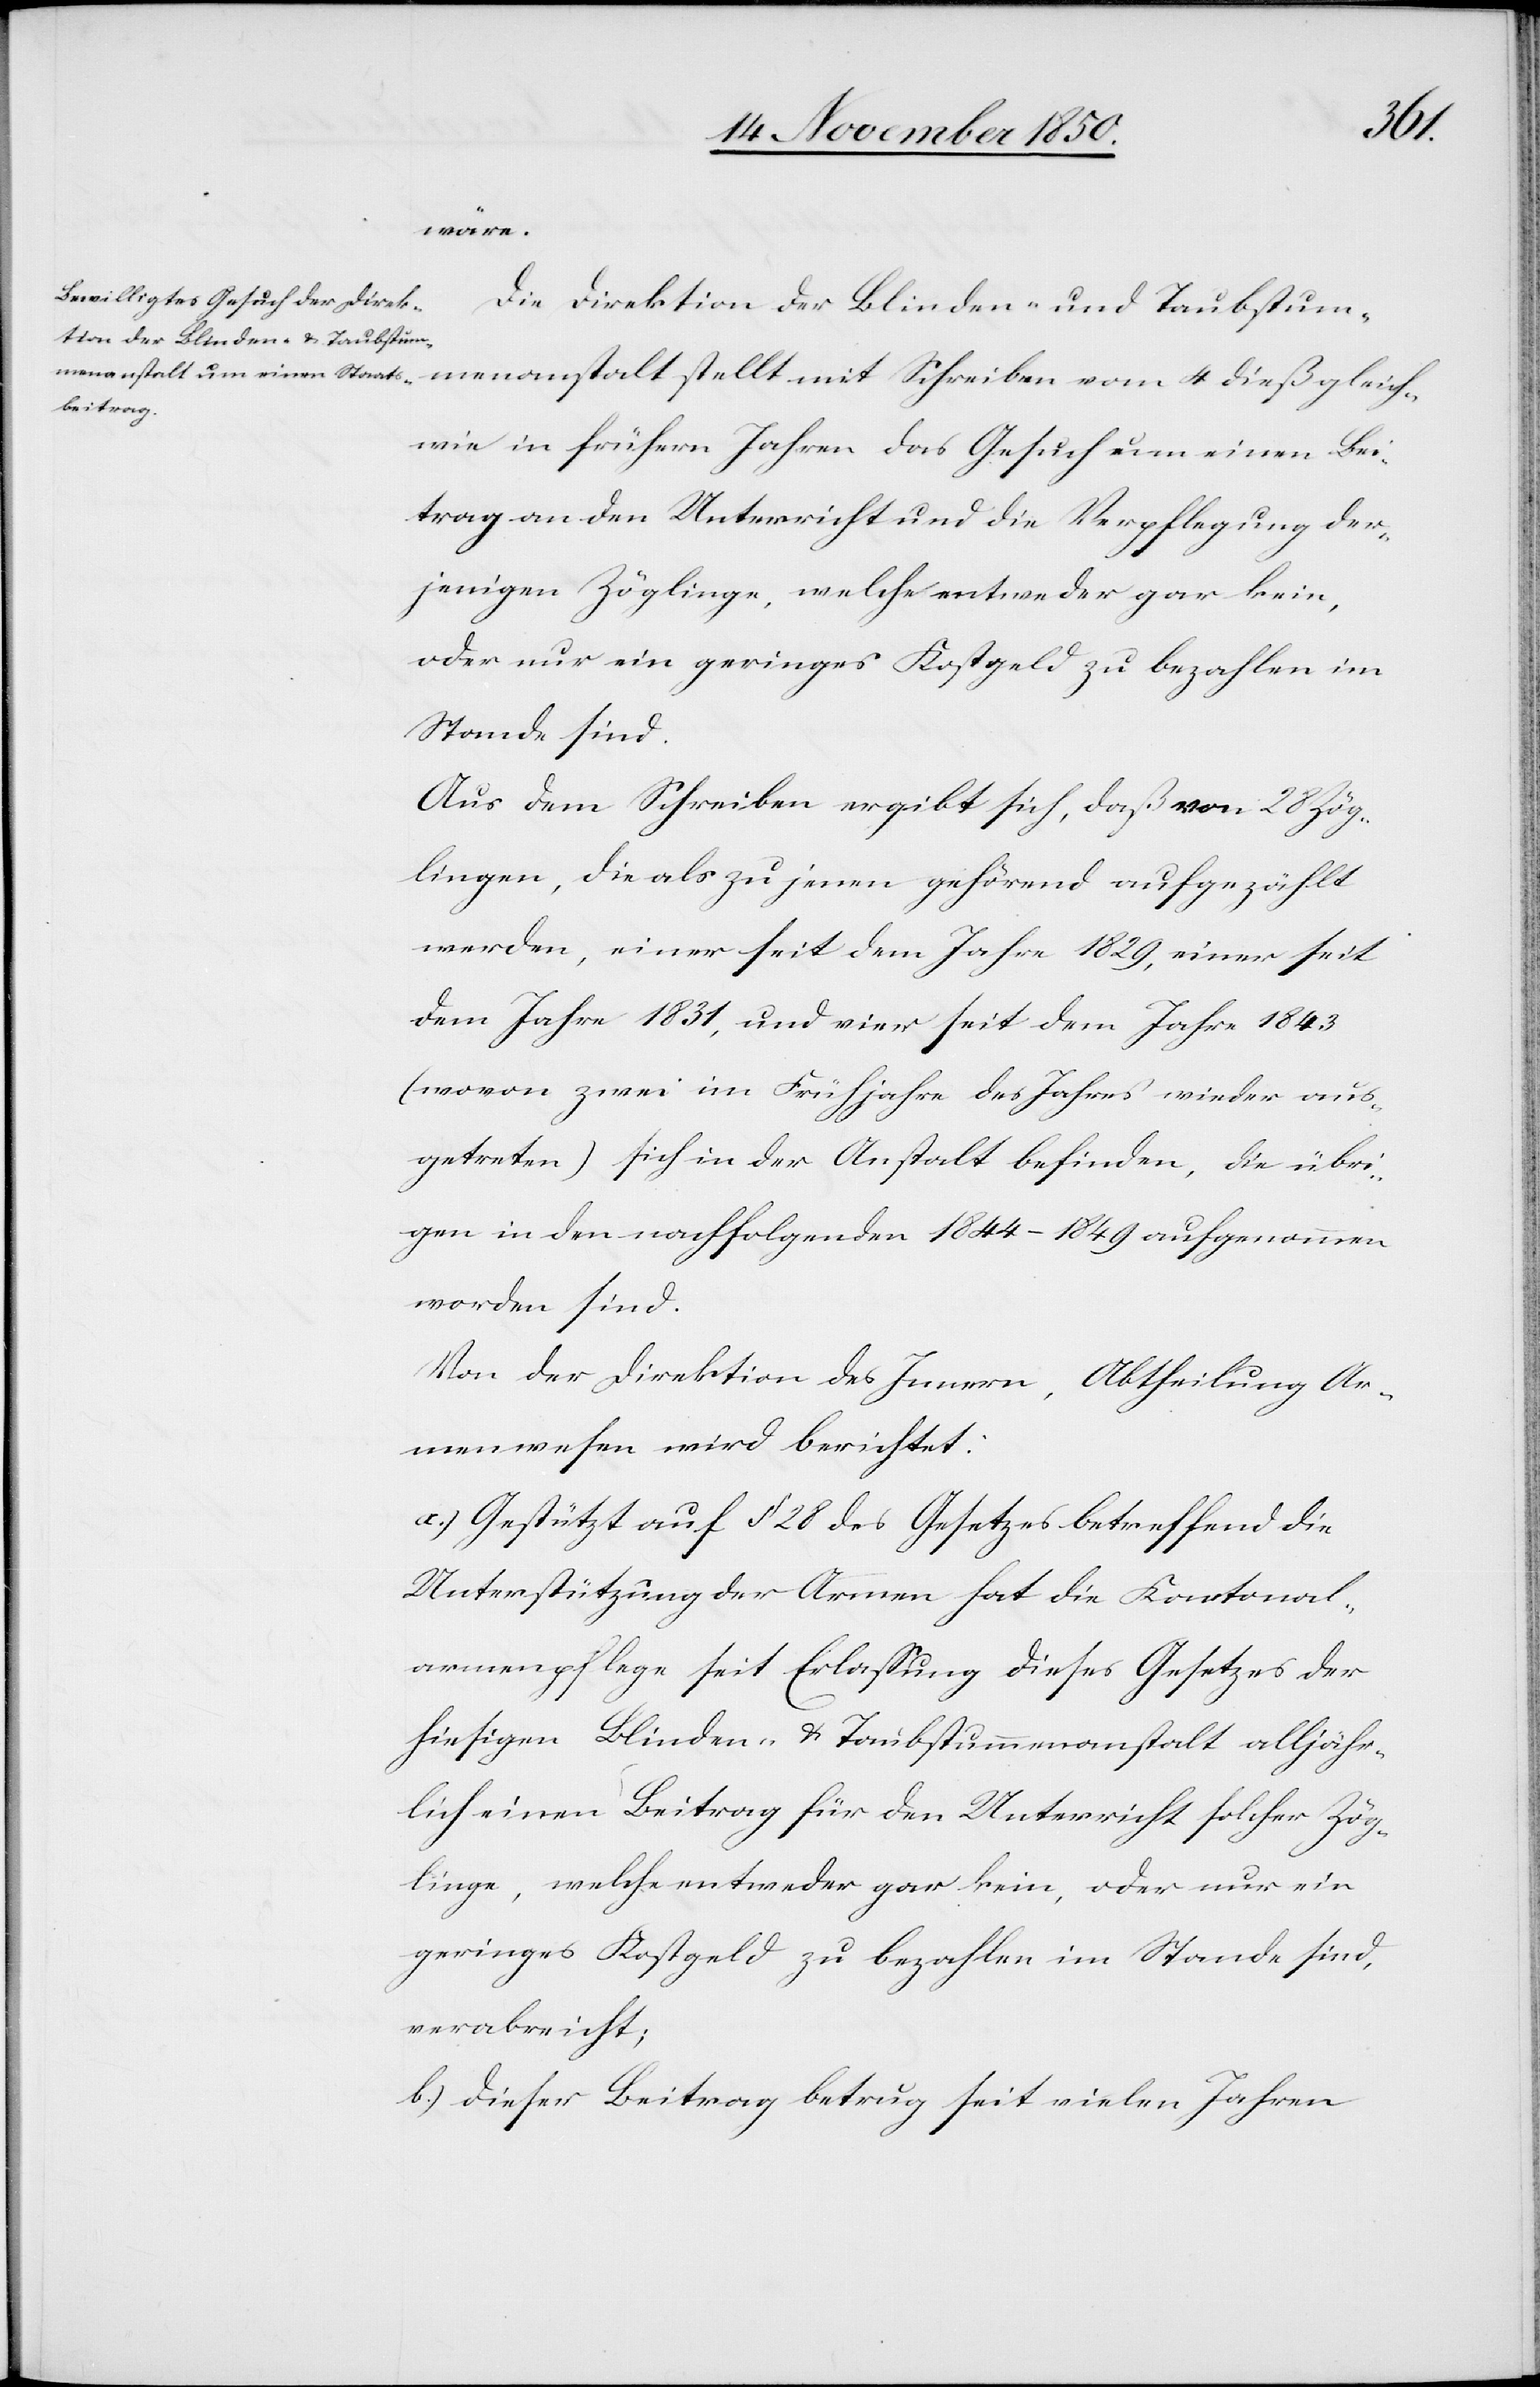
wäre.
Die Direktion der Blinden und Taubstum¬
menanstalt stellt mit Schreiben vom 4 dieß gleich¬
wie in frühern Jahren das Gesuch um einen Bei¬
trag an den Unterricht und die Verpflegung der¬
jenigen Zöglinge, welche entweder gar kein,
oder nur ein geringes Kostgeld zu bezahlen im
Stande sind.
Aus dem Schreiben ergibt sich, daß von 28 Zög¬
lingen, die als zu jenen gehörend aufgezählt
werden, einer seit dem Jahre 1829, einer seit
dem Jahre 1831, und vier seit dem Jahre 1843
(wovon zwei im Frühjahre des Jahres wieder aus¬
getreten) sich in der Anstalt befinden, die übri¬
gen in den nachfolgenden 1844–1849 aufgenommen
worden sind.
Von der Direktion des Innern, Abtheilung Ar¬
menwesen wird berichtet:
a.) Gestützt auf § 28 des Gesetzes betreffend die
Unterstützung der Armen hat die Kantonal¬
armenpflege seit Erlassung dieses Gesetzes der
hiesigen Blinden- u. Taubstummenanstalt alljähr¬
lich einen Beitrag für den Unterricht solcher Zög¬
linge, welche entweder gar kein, oder nur ein
geringes Kostgeld zu bezahlen im Stande sind,
verabreicht;
b.) Dieser Beitrag betrug seit vielen Jahren